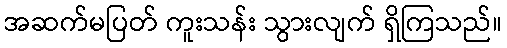
အဆက်မပြတ် ကူးသန်း သွားလျက် ရှိကြသည်။